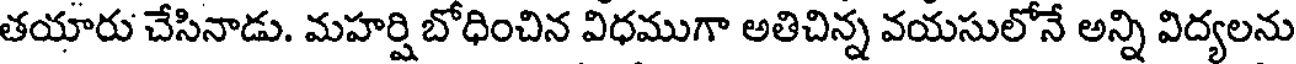
తయారు చేసినాడు. మహర్షి బోధించిన విధముగా అతిచిన్న వయసులోనే అన్ని విద్యలను